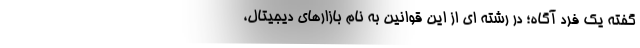
گفته یک فرد آگاه؛ در رشته ای از این قوانین به نام بازارهای دیجیتال،